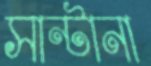
সান্টানা